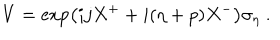
LaTeX: V = \exp \left( i j X ^ { + } + i ( \eta + p ) X ^ { - } \right) \sigma _ { \eta } ~ .